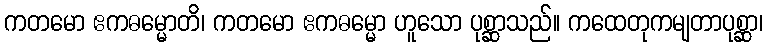
ကတမော ဧကဓမ္မောတိ၊ ကတမော ဧကဓမ္မော ဟူသော ပုစ္ဆာသည်။ ကထေတုကမျတာပုစ္ဆာ၊